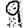
Digit: 9